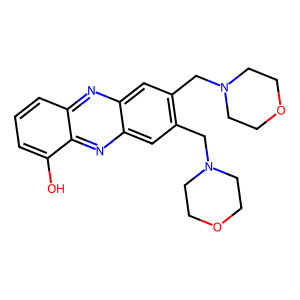
SMILES: Oc1cccc2nc3cc(CN4CCOCC4)c(CN4CCOCC4)cc3nc12
Inhibits HIV replication: No